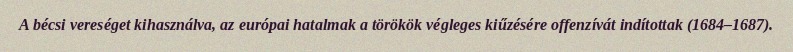
A bécsi vereséget kihasználva, az európai hatalmak a törökök végleges kiűzésére offenzívát indítottak (1684–1687).